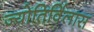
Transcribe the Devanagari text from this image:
ज्योतिर्विलास